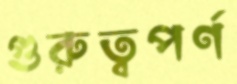
গুরুত্বপর্ণ